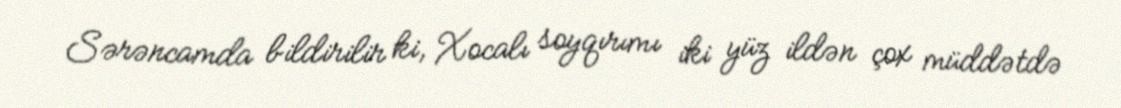
Sərəncamda bildirilir ki, Xocalı soyqırımı iki yüz ildən çox müddətdə